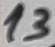
Text: 13